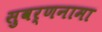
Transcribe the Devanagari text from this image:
सुवर्णनामा